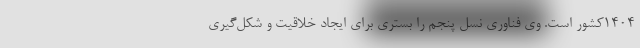
1404کشور است. وی فناوری نسل پنجم را بستری برای ایجاد خلاقیت و شکل‌گیری